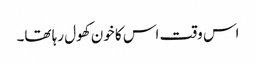
اس وقت اس کا خون کھول رہا تھا۔